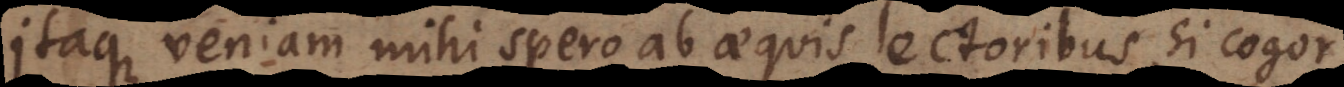
Itaque veniam mihi spero ab aequis lectoribus, si cogor